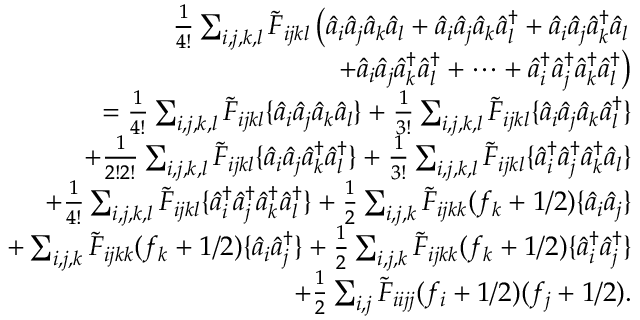
\begin{array} { r l r } & { } & { \frac { 1 } { 4 ! } \sum _ { i , j , k , l } \tilde { F } _ { i j k l } \left( \hat { a } _ { i } \hat { a } _ { j } \hat { a } _ { k } \hat { a } _ { l } + \hat { a } _ { i } \hat { a } _ { j } \hat { a } _ { k } \hat { a } _ { l } ^ { \dagger } + \hat { a } _ { i } \hat { a } _ { j } \hat { a } _ { k } ^ { \dagger } \hat { a } _ { l } \right. } \\ & { } & { \left. + \hat { a } _ { i } \hat { a } _ { j } \hat { a } _ { k } ^ { \dagger } \hat { a } _ { l } ^ { \dagger } + \cdots + \hat { a } _ { i } ^ { \dagger } \hat { a } _ { j } ^ { \dagger } \hat { a } _ { k } ^ { \dagger } \hat { a } _ { l } ^ { \dagger } \right) } \\ & { } & { = \frac { 1 } { 4 ! } \sum _ { i , j , k , l } \tilde { F } _ { i j k l } \{ \hat { a } _ { i } \hat { a } _ { j } \hat { a } _ { k } \hat { a } _ { l } \} + \frac { 1 } { 3 ! } \sum _ { i , j , k , l } \tilde { F } _ { i j k l } \{ \hat { a } _ { i } \hat { a } _ { j } \hat { a } _ { k } \hat { a } _ { l } ^ { \dagger } \} } \\ & { } & { + \frac { 1 } { 2 ! 2 ! } \sum _ { i , j , k , l } \tilde { F } _ { i j k l } \{ \hat { a } _ { i } \hat { a } _ { j } \hat { a } _ { k } ^ { \dagger } \hat { a } _ { l } ^ { \dagger } \} + \frac { 1 } { 3 ! } \sum _ { i , j , k , l } \tilde { F } _ { i j k l } \{ \hat { a } _ { i } ^ { \dagger } \hat { a } _ { j } ^ { \dagger } \hat { a } _ { k } ^ { \dagger } \hat { a } _ { l } \} } \\ & { } & { + \frac { 1 } { 4 ! } \sum _ { i , j , k , l } \tilde { F } _ { i j k l } \{ \hat { a } _ { i } ^ { \dagger } \hat { a } _ { j } ^ { \dagger } \hat { a } _ { k } ^ { \dagger } \hat { a } _ { l } ^ { \dagger } \} + \frac { 1 } { 2 } \sum _ { i , j , k } \tilde { F } _ { i j k k } ( f _ { k } + 1 / 2 ) \{ \hat { a } _ { i } \hat { a } _ { j } \} } \\ & { } & { + \sum _ { i , j , k } \tilde { F } _ { i j k k } ( f _ { k } + 1 / 2 ) \{ \hat { a } _ { i } \hat { a } _ { j } ^ { \dagger } \} + \frac { 1 } { 2 } \sum _ { i , j , k } \tilde { F } _ { i j k k } ( f _ { k } + 1 / 2 ) \{ \hat { a } _ { i } ^ { \dagger } \hat { a } _ { j } ^ { \dagger } \} } \\ & { } & { + \frac { 1 } { 2 } \sum _ { i , j } \tilde { F } _ { i i j j } ( f _ { i } + 1 / 2 ) ( f _ { j } + 1 / 2 ) . } \end{array}